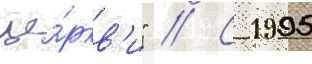
це́ркв'и" // С 1995